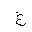
Letter: _gayn